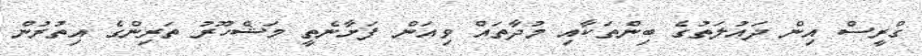
ގްރީސް އިން ދައުލަތުގެ ބިންތަކާއި މުދާތައް ވިއަން ފަށާނެތީ މަޝްހޫރު ތަރިންގެ އިތުރުން